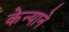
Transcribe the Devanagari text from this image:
केन्याने